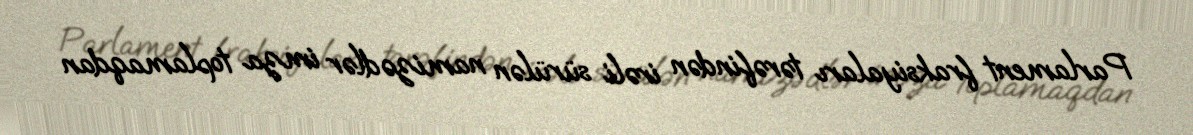
Parlament fraksiyaları tərəfindən irəli sürülən namizədlər imza toplamaqdan